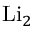
\operatorname { L i } _ { 2 }